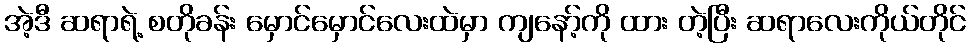
အဲ့ဒီ ဆရာရဲ့ စတိုခန်း မှောင်မှောင်လေးထဲမှာ ကျနော့်ကို ထား တဲ့ပြီး ဆရာလေးကိုယ်တိုင်